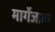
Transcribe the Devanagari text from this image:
मार्गेजाता